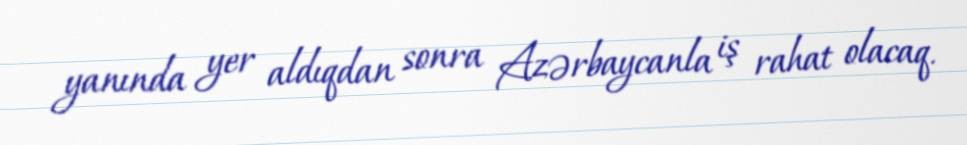
yanında yer aldıqdan sonra Azərbaycanla iş rahat olacaq.